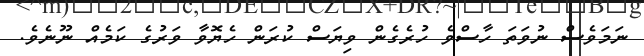
ނަމަވެސް ނުވަތަ ހާސްވެ ހުރެގެން ވިޔަސް ކުރަން ހެޔޮވާ ވަރުގެ ކަމެއް ނޫނެވެ.